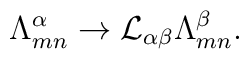
{\Lambda}^{\alpha}_{mn} \rightarrow {\cal L}_{\alpha\beta}{\Lambda}^{\beta}_{mn}.